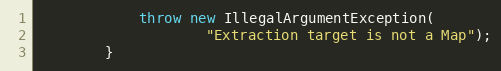
Language: Java
            throw new IllegalArgumentException(
                    "Extraction target is not a Map");
        }